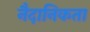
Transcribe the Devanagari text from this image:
नैदानिकता